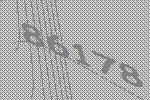
86178